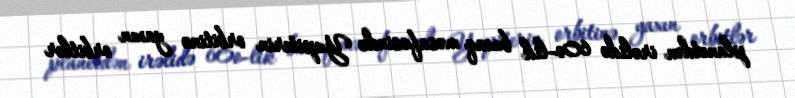
planetdən irəlidə 60o-lik bucaq məsafəsində Yupiterin orbitinə yaxın orbitlər